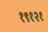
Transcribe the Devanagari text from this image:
१९१२१